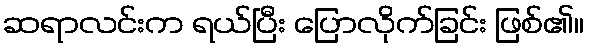
ဆရာလင်းက ရယ်ပြီး ပြောလိုက်ခြင်း ဖြစ်၏။